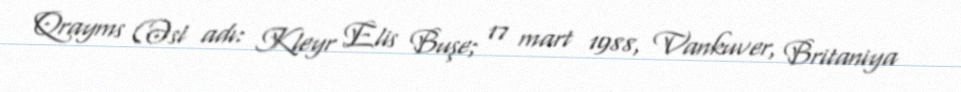
Qrayms (Əsl adı: Kleyr Elis Buşe; 17 mart 1988, Vankuver, Britaniya